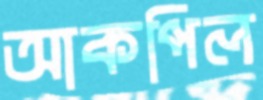
আকপিল